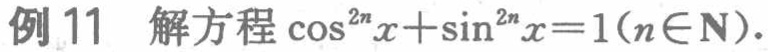
例11 解方程\(\cos^{2n}x+\sin^{2n}x = 1(n\in\mathbf{N})\).